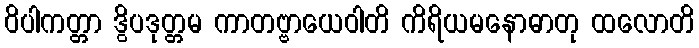
ဝိပါကတ္တာ ဒွိပဒုတ္တမ ကာတဗ္ဗာယေဝါတိ ကိရိယမနောဓာတု ထလောတိ